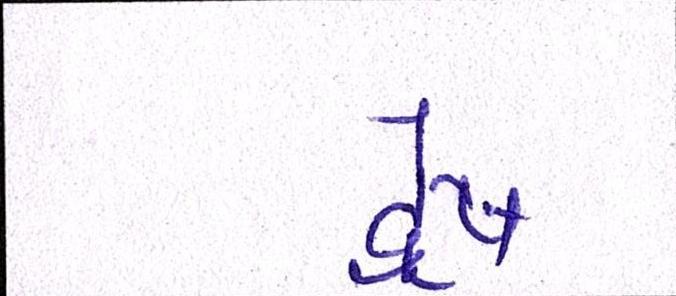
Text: દ્વેષ